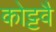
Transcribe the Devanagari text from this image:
कोट्टवै